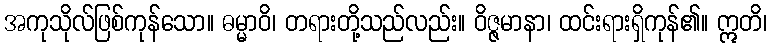
အကုသိုလ်ဖြစ်ကုန်သော။ ဓမ္မာဝိ၊ တရားတို့သည်လည်း။ ဝိဇ္ဇမာနာ၊ ထင်းရားရှိကုန်၏။ ဣတိ၊